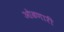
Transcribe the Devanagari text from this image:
ओढणारी